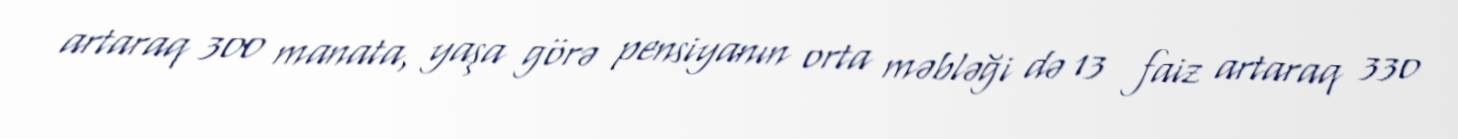
artaraq 300 manata, yaşa görə pensiyanın orta məbləği də 13 faiz artaraq 330